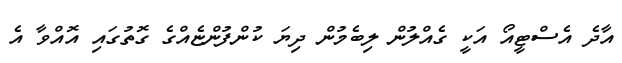
އާދެ އެސްޓީއޯ އަކީ ގެއްލުން ލިބެމުން ދިޔަ ކުންފުންޏެއްގެ ގޮތުގައި އޮއްވާ އެ